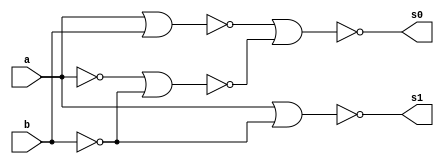
// ---------------------
// Guia 03_05 - Meia Diferenca NOR
// Nome: Marley Diniz
// Matriculaa: 371706
// ---------------------

// ---------------------
// -- meia diferenca
// ---------------------

module meiadiferenca (s0, s1, a, b);
 output s0, s1;
 input  a, b;
 wire s2,s3,s4,s5,s6;
 
 nor norgate1 (s2, a, a);
 nor norgate2 (s3, b, b);
 nor norgate3 (s4, s2, s3);
 nor norgate4 (s5, a, b);
 nor norgate5 (s0, s5, s4);
 nor norgate6 (s6, s2, s2);
 nor norgate7 (s1, s6, s3);
 
 endmodule //meiadiferenca

// --------------------------
// -- test meia diferenca nor
// --------------------------

module testmeiadiferenca;
 reg   a, b;             
 wire  s0, s1;
          // instancia
 meiadiferenca MEIADIFERENCA1 (s0, s1, a, b);

 initial begin:start
      a=0; b=0;
 end

          // parte principal
 initial begin:main
      $display("Guia 03_05 - Marley Diniz - 371706");
      $display("Test Meia Diferenca NOR gate");
      $display("\n a | b = s0 s1\n");
      $monitor(" %b | %b = %b %b", a, b, s0, s1);
  #1  a=0; b=1; 
  #1  a=1; b=0; 
  #1  a=1; b=1; 
  
 end

endmodule // testmeiadiferenca